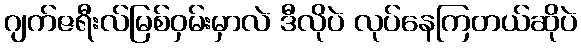
ဂျက်ဇရီးလ်မြစ်ဝှမ်းမှာလဲ ဒီလိုပဲ လုပ်နေကြတယ်ဆိုပဲ